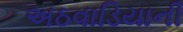
અઠવાડિયાની